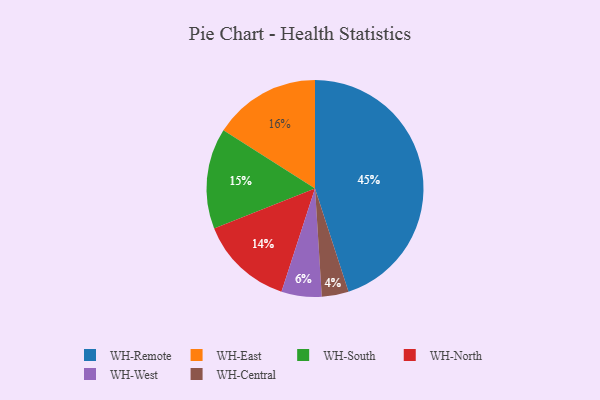
{"axis": {"x": "Category", "y": "Percentage"}, "legend": ["WH-Central", "WH-East", "WH-North", "WH-Remote", "WH-South", "WH-West"], "data": [{"x": "WH-North", "y": 14, "type": "WH-North"}, {"x": "WH-East", "y": 16, "type": "WH-East"}, {"x": "WH-Remote", "y": 45, "type": "WH-Remote"}, {"x": "WH-South", "y": 15, "type": "WH-South"}, {"x": "WH-Central", "y": 4, "type": "WH-Central"}, {"x": "WH-West", "y": 6, "type": "WH-West"}]}